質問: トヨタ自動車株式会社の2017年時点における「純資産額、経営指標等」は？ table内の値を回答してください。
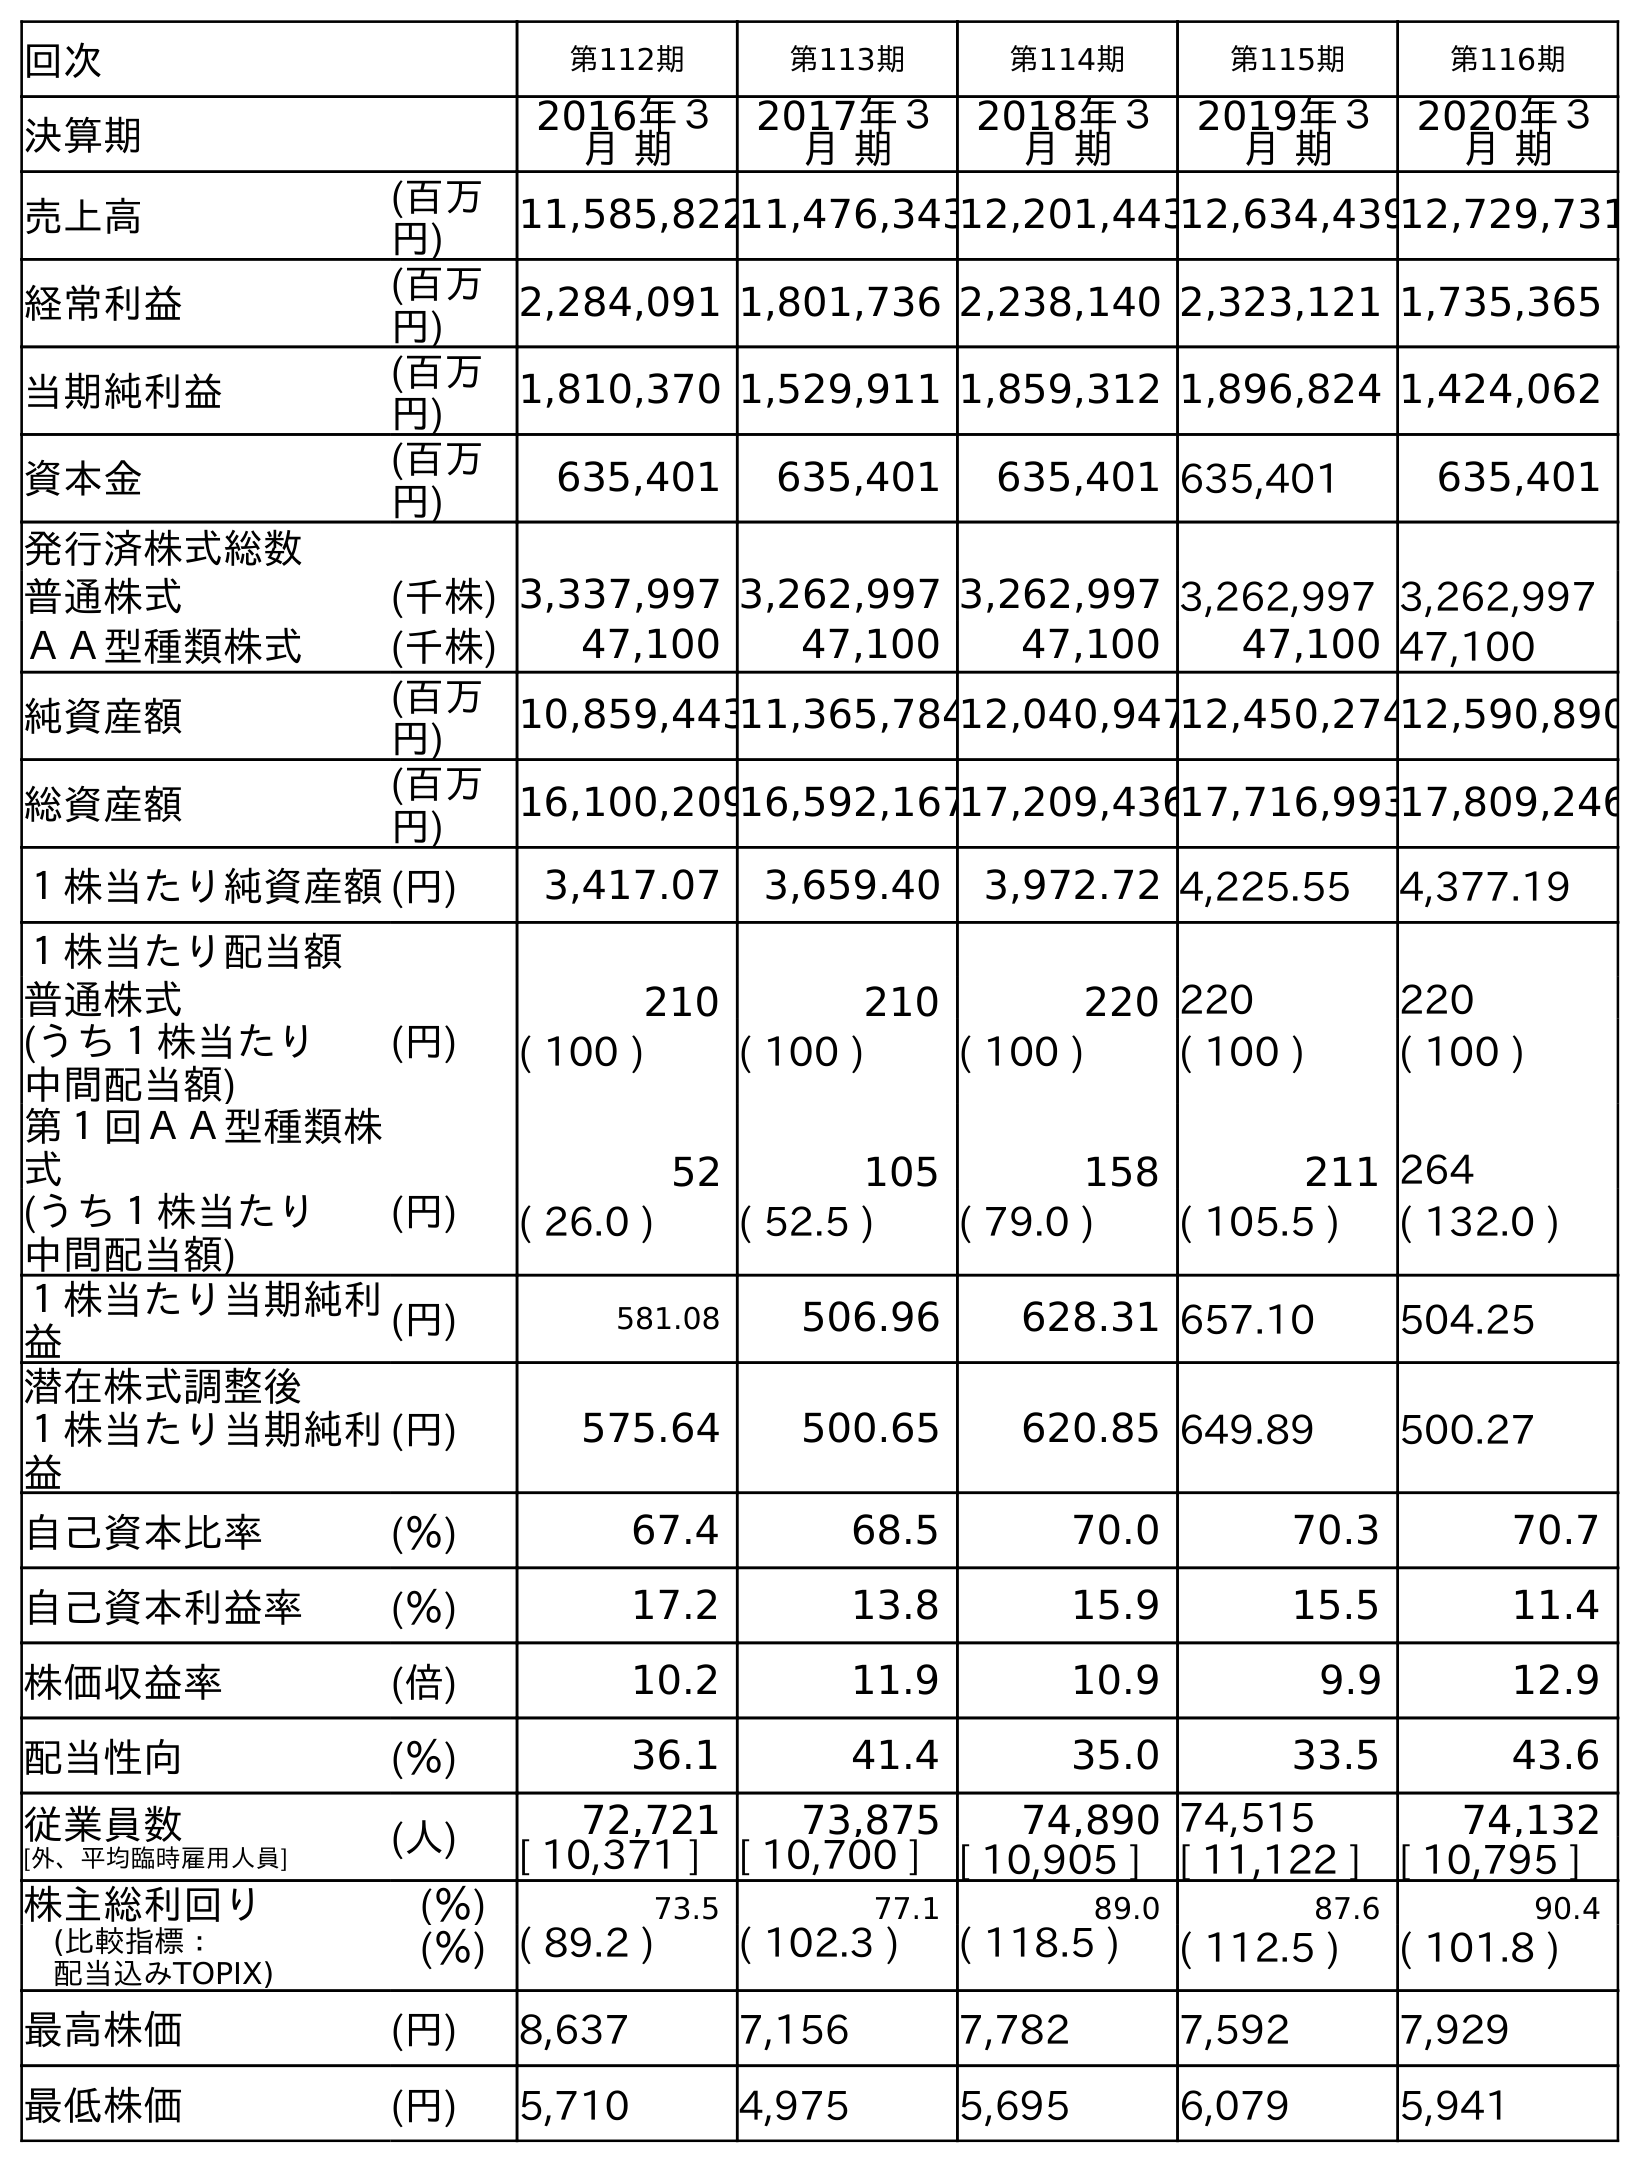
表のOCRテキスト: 回次 第112期 第113期 第114期 第115期 第116期 決算期 2016年３ 月 期 2017年３ 月 期 2018年３ 月 期 2019年３ 月 期 2020年３ 月 期 売上高 (百万 円) 11,585,82211,476,34312,201,44312,634,43912,729,731 経常利益 (百万 円) 2,284,091 1,801,736 2,238,140 2,323,121 1,735,365 当期純利益 (百万 円) 1,810,370 1,529,911 1,859,312 1,896,824 1,424,062 資本金 (百万 円) 635,401 635,401 635,401 635,401 635,401 発行済株式総数 普通株式 (千株) 3,337,997 3,262,997 3,262,997 3,262,997 3,262,997 ＡＡ型種類株式 (千株) 47,100 47,100 47,100 47,100 47,100 純資産額 (百万 円) 10,859,44311,365,78412,040,94712,450,27412,590,890 総資産額 (百万 円) 16,100,20916,592,16717,209,43617,716,99317,809,246 １株当たり純資産額(円) 3,417.07 3,659.40 3,972.72 4,225.55 4,377.19 １株当たり配当額 普通株式 (円) 210 210 220 220 220 (うち１株当たり 中間配当額) ( 100 ) ( 100 ) ( 100 ) ( 100 ) ( 100 ) 第１回ＡＡ型種類株 式 52 105 158 211 264 (うち１株当たり 中間配当額) (円) ( 26.0 ) ( 52.5 ) ( 79.0 ) ( 105.5 ) ( 132.0 ) １株当たり当期純利 益 (円) 581.08 506.96 628.31 657.10 504.25 潜在株式調整後 １株当たり当期純利 益 (円) 575.64 500.65 620.85 649.89 500.27 自己資本比率 (％) 67.4 68.5 70.0 70.3 70.7 自己資本利益率 (％) 17.2 13.8 15.9 15.5 11.4 株価収益率 (倍) 10.2 11.9 10.9 9.9 12.9 配当性向 (％) 36.1 41.4 35.0 33.5 43.6 従業員数 [外、平均臨時雇用人員] (人) 72,721 73,875 74,890 74,515 74,132 [ 10,371 ] [ 10,700 ] [ 10,905 ] [ 11,122 ] [ 10,795 ] 株主総利回り (％) 73.5 77.1 89.0 87.6 90.4 (比較指標： 配当込みTOPIX) (％) ( 89.2 ) ( 102.3 ) ( 118.5 ) ( 112.5 ) ( 101.8 ) 最高株価 (円) 8,637 7,156 7,782 7,592 7,929 最低株価 (円) 5,710 4,975 5,695 6,079 5,941
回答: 11,365,784